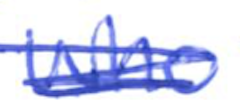
Text: who
Cross-out: mix
Writing tool: ballpoint